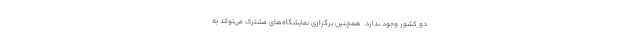
دو کشور وجود ندارد. همچنین برگزاری نمایشگاه‌های مشترک می‌تواند به